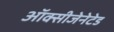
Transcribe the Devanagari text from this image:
ऑक्सीजेनेटेड